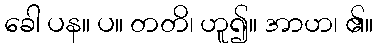
ခေါ ပန။ ပ။ တတိ၊ ဟူ၍။ အာဟ၊ ၏။